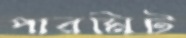
পারমিট